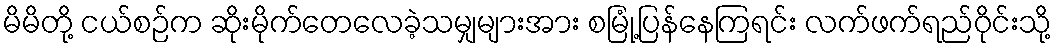
မိမိတို့ ငယ်စဉ်က ဆိုးမိုက်တေလေခဲ့သမျှများအား စမြုံ့ပြန်နေကြရင်း လက်ဖက်ရည်ဝိုင်းသို့